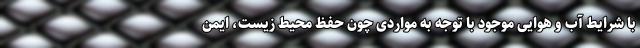
با شرایط آب و هوایی موجود با توجه به مواردی چون حفظ محیط زیست، ایمن